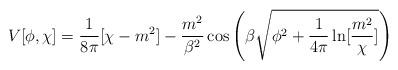
LaTeX: \begin{align*}V[\phi,\chi] = \frac{1}{8 \pi} [\chi -m^2] -\frac{m^2}{\beta^2} \cos \left(\beta \sqrt{\phi^2+\frac{1}{4 \pi} \ln[\frac{m^2}{\chi}]} \right)\end{align*}